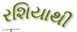
રશિયાથી